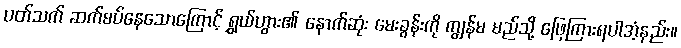
ပတ်သက် ဆက်စပ်နေသောကြောင့် ရွှယ်ဟွား၏ နောက်ဆုံး မေးခွန်းကို ကျွန်မ မည်သို့ ဖြေကြားရပါအံ့နည်း။